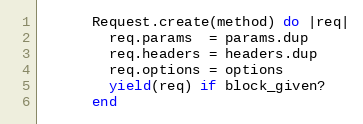
Language: Ruby
      Request.create(method) do |req|
        req.params  = params.dup
        req.headers = headers.dup
        req.options = options
        yield(req) if block_given?
      end